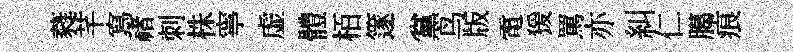
蕤芊寫禇刺株寧虚體栢篴黨鸟版電猨罵亦糾仁臈痕